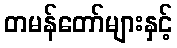
တမန်တော်များနှင့်